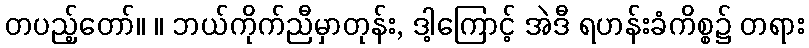
တပည့်တော်။ ။ ဘယ်ကိုက်ညီမှာတုန်း, ဒါ့ကြောင့် အဲဒီ ရဟန်းခံကိစ္စ၌ တရား